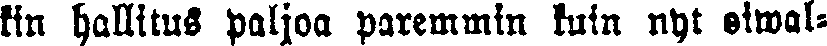
kin hallitus paljoa paremmin kuin nyt oiwal-